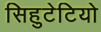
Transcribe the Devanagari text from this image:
सिहुटेटियो